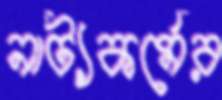
নাট্যকর্মের